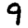
Digit: 9